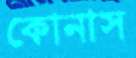
কোনাস